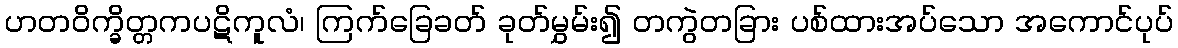
ဟတဝိက္ခိတ္တကပဋိကူလံ၊ ကြက်ခြေခတ် ခုတ်မွှမ်း၍ တကွဲတခြား ပစ်ထားအပ်သော အကောင်ပုပ်